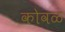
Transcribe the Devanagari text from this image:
कोवळं